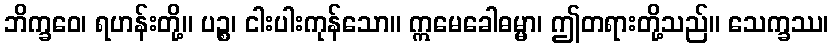
ဘိက္ခဝေ၊ ရဟန်းတို့။ ပဉ္စ၊ ငါးပါးကုန်သော။ ဣမေခေါဓမ္မာ၊ ဤတရားတို့သည်။ သေက္ခဿ၊